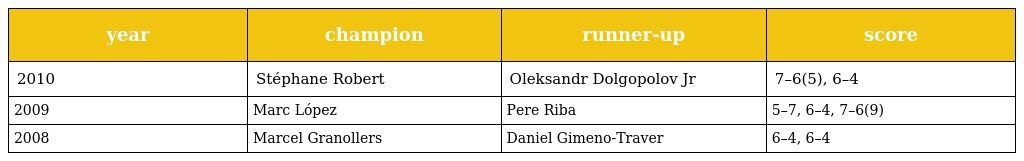
| year | champion | runner-up | score |
 | --- | --- | --- | --- |
 | 2010 | Stéphane Robert | Oleksandr Dolgopolov Jr | 7–6(5), 6–4 |
 | 2009 | Marc López | Pere Riba | 5–7, 6–4, 7–6(9) |
 | 2008 | Marcel Granollers | Daniel Gimeno-Traver | 6–4, 6–4 |